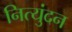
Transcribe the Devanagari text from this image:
नित्युंदन